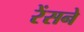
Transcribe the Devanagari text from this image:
रेंसने